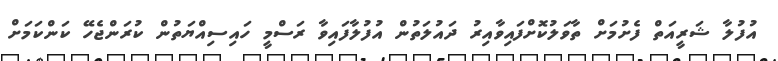
އުފުލާ ޝަރީއަތް ފެށުމަށް ތާވަލުކޮށްފައިވާއިރު ދައުލަތުން އުފުލާފައިވާ ރަސްމީ ހައިސިއްޔަތުން ކުރަންޖެހޭ ކަންކަމަށް